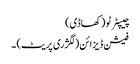
چیپٹر ٹو (کھاڈی)
فیشن ڈیزائن (لگژری پریٹ) ۔